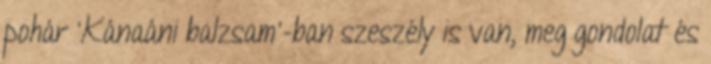
pohár 'Kánaáni balzsam'-ban szeszély is van, meg gondolat és